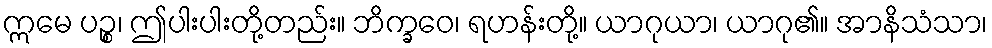
ဣမေ ပဉ္စ၊ ဤပါးပါးတို့တည်း။ ဘိက္ခဝေ၊ ရဟန်းတို့။ ယာဂုယာ၊ ယာဂု၏။ အာနိသံသာ၊